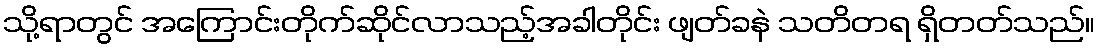
သို့ရာတွင် အကြောင်းတိုက်ဆိုင်လာသည့်အခါတိုင်း ဖျတ်ခနဲ သတိတရ ရှိတတ်သည်။